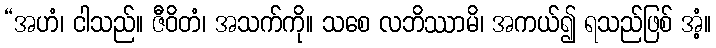
“အဟံ၊ ငါသည်။ ဇီဝိတံ၊ အသက်ကို။ သစေ လဘိဿာမိ၊ အကယ်၍ ရသည်ဖြစ် အံ့။